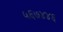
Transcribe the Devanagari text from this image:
५६७४४६